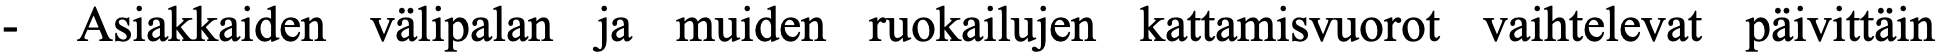
-  Asiakkaiden välipalan ja muiden ruokailujen kattamisvuorot vaihtelevat päivittäin